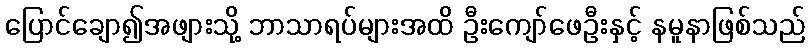
ပြောင်ချော၍အဖျားသို့ ဘာသာရပ်များအထိ ဦးကျော်ဖေဦးနှင့် နမူနာဖြစ်သည်